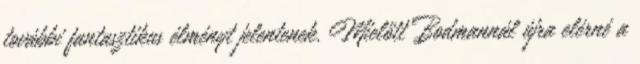
további fantasztikus élményt jelentenek. Mielőtt Bodmannál újra elérné a